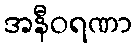
အနီဝရဏာ